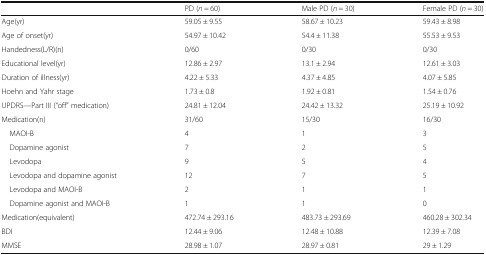
|  | PD (n = 60) | Male PD (n = 30) | Female PD (n = 30) |
 | --- | --- | --- | --- |
 | Age(yr) | 59.05 ± 9.55 | 58.67 ± 10.23 | 59.43 ± 8.98 |
 | Age of onset(yr) | 54.97 ± 10.42 | 54.4 ± 11.38 | 55.53 ± 9.53 |
 | Handedness(L/R)(n) | 0/60 | 0/30 | 0/30 |
 | Educational level(yr) | 12.86 ± 2.97 | 13.1 ± 2.94 | 12.61 ± 3.03 |
 | Duration of illness(yr) | 4.22 ± 5.33 | 4.37 ± 4.85 | 4.07 ± 5.85 |
 | Hoehn and Yahr stage | 1.73 ± 0.8 | 1.92 ± 0.81 | 1.54 ± 0.76 |
 | UPDRS—Part III (“off” medication) | 24.81 ± 12.04 | 24.42 ± 13.32 | 25.19 ± 10.92 |
 | Medication(n) | 31/60 | 15/30 | 16/30 |
 | MAOI-B | 4 | 1 | 3 |
 | Dopamine agonist | 7 | 2 | 5 |
 | Levodopa | 9 | 5 | 4 |
 | Levodopa and dopamine agonist | 12 | 7 | 5 |
 | Levodopa and MAOI-B | 2 | 1 | 1 |
 | Dopamine agonist and MAOI-B | 1 | 1 | 0 |
 | Medication(equivalent) | 472.74 ± 293.16 | 483.73 ± 293.69 | 460.28 ± 302.34 |
 | BDI | 12.44 ± 9.06 | 12.48 ± 10.88 | 12.39 ± 7.08 |
 | MMSE | 28.98 ± 1.07 | 28.97 ± 0.81 | 29 ± 1.29 |